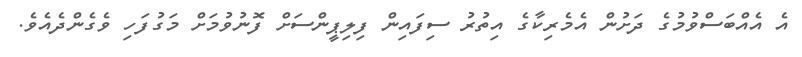
އެ އެއްބަސްވުމުގެ ދަށުން އެމެރިކާގެ އިތުރު ސިފައިން ފިލިޕީންސަށް ފޮނުވުމަށް މަގުފަހި ވެގެންދެއެވެ.